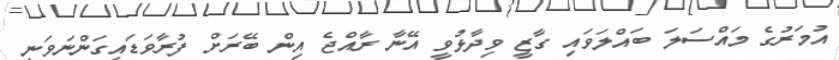
އުމަރުގެ މައްސަލަ ބައްލަވައި ގާޒީ ވިދާޅުވީ އޭނާ ރާއްޖެ އިން ބޭރަށް ފުރާވަޑައިގަންނަވަނީ